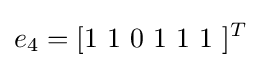
e_{4}=[1\ 1\ 0\ 1\ 1\ 1\ ]^{T}